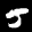
Label: 5